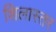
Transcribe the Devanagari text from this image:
शिलास्तर